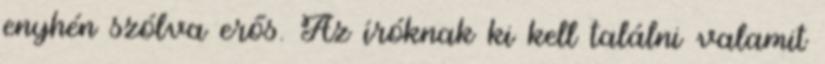
enyhén szólva erős. Az íróknak ki kell találni valamit